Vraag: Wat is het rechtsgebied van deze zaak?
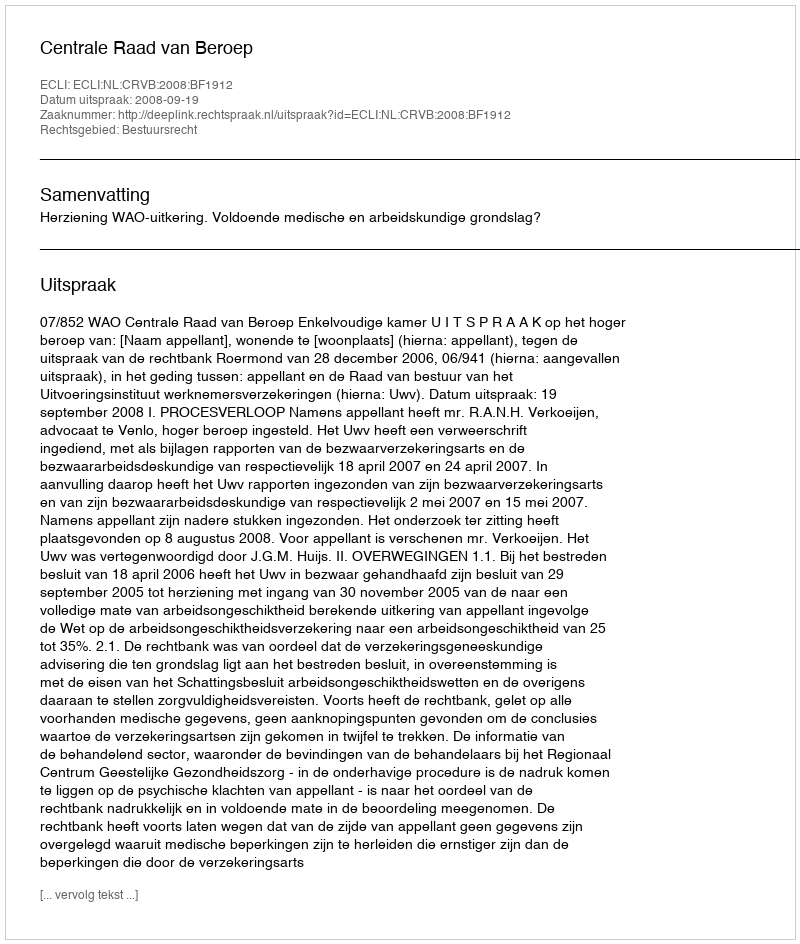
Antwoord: Bestuursrecht